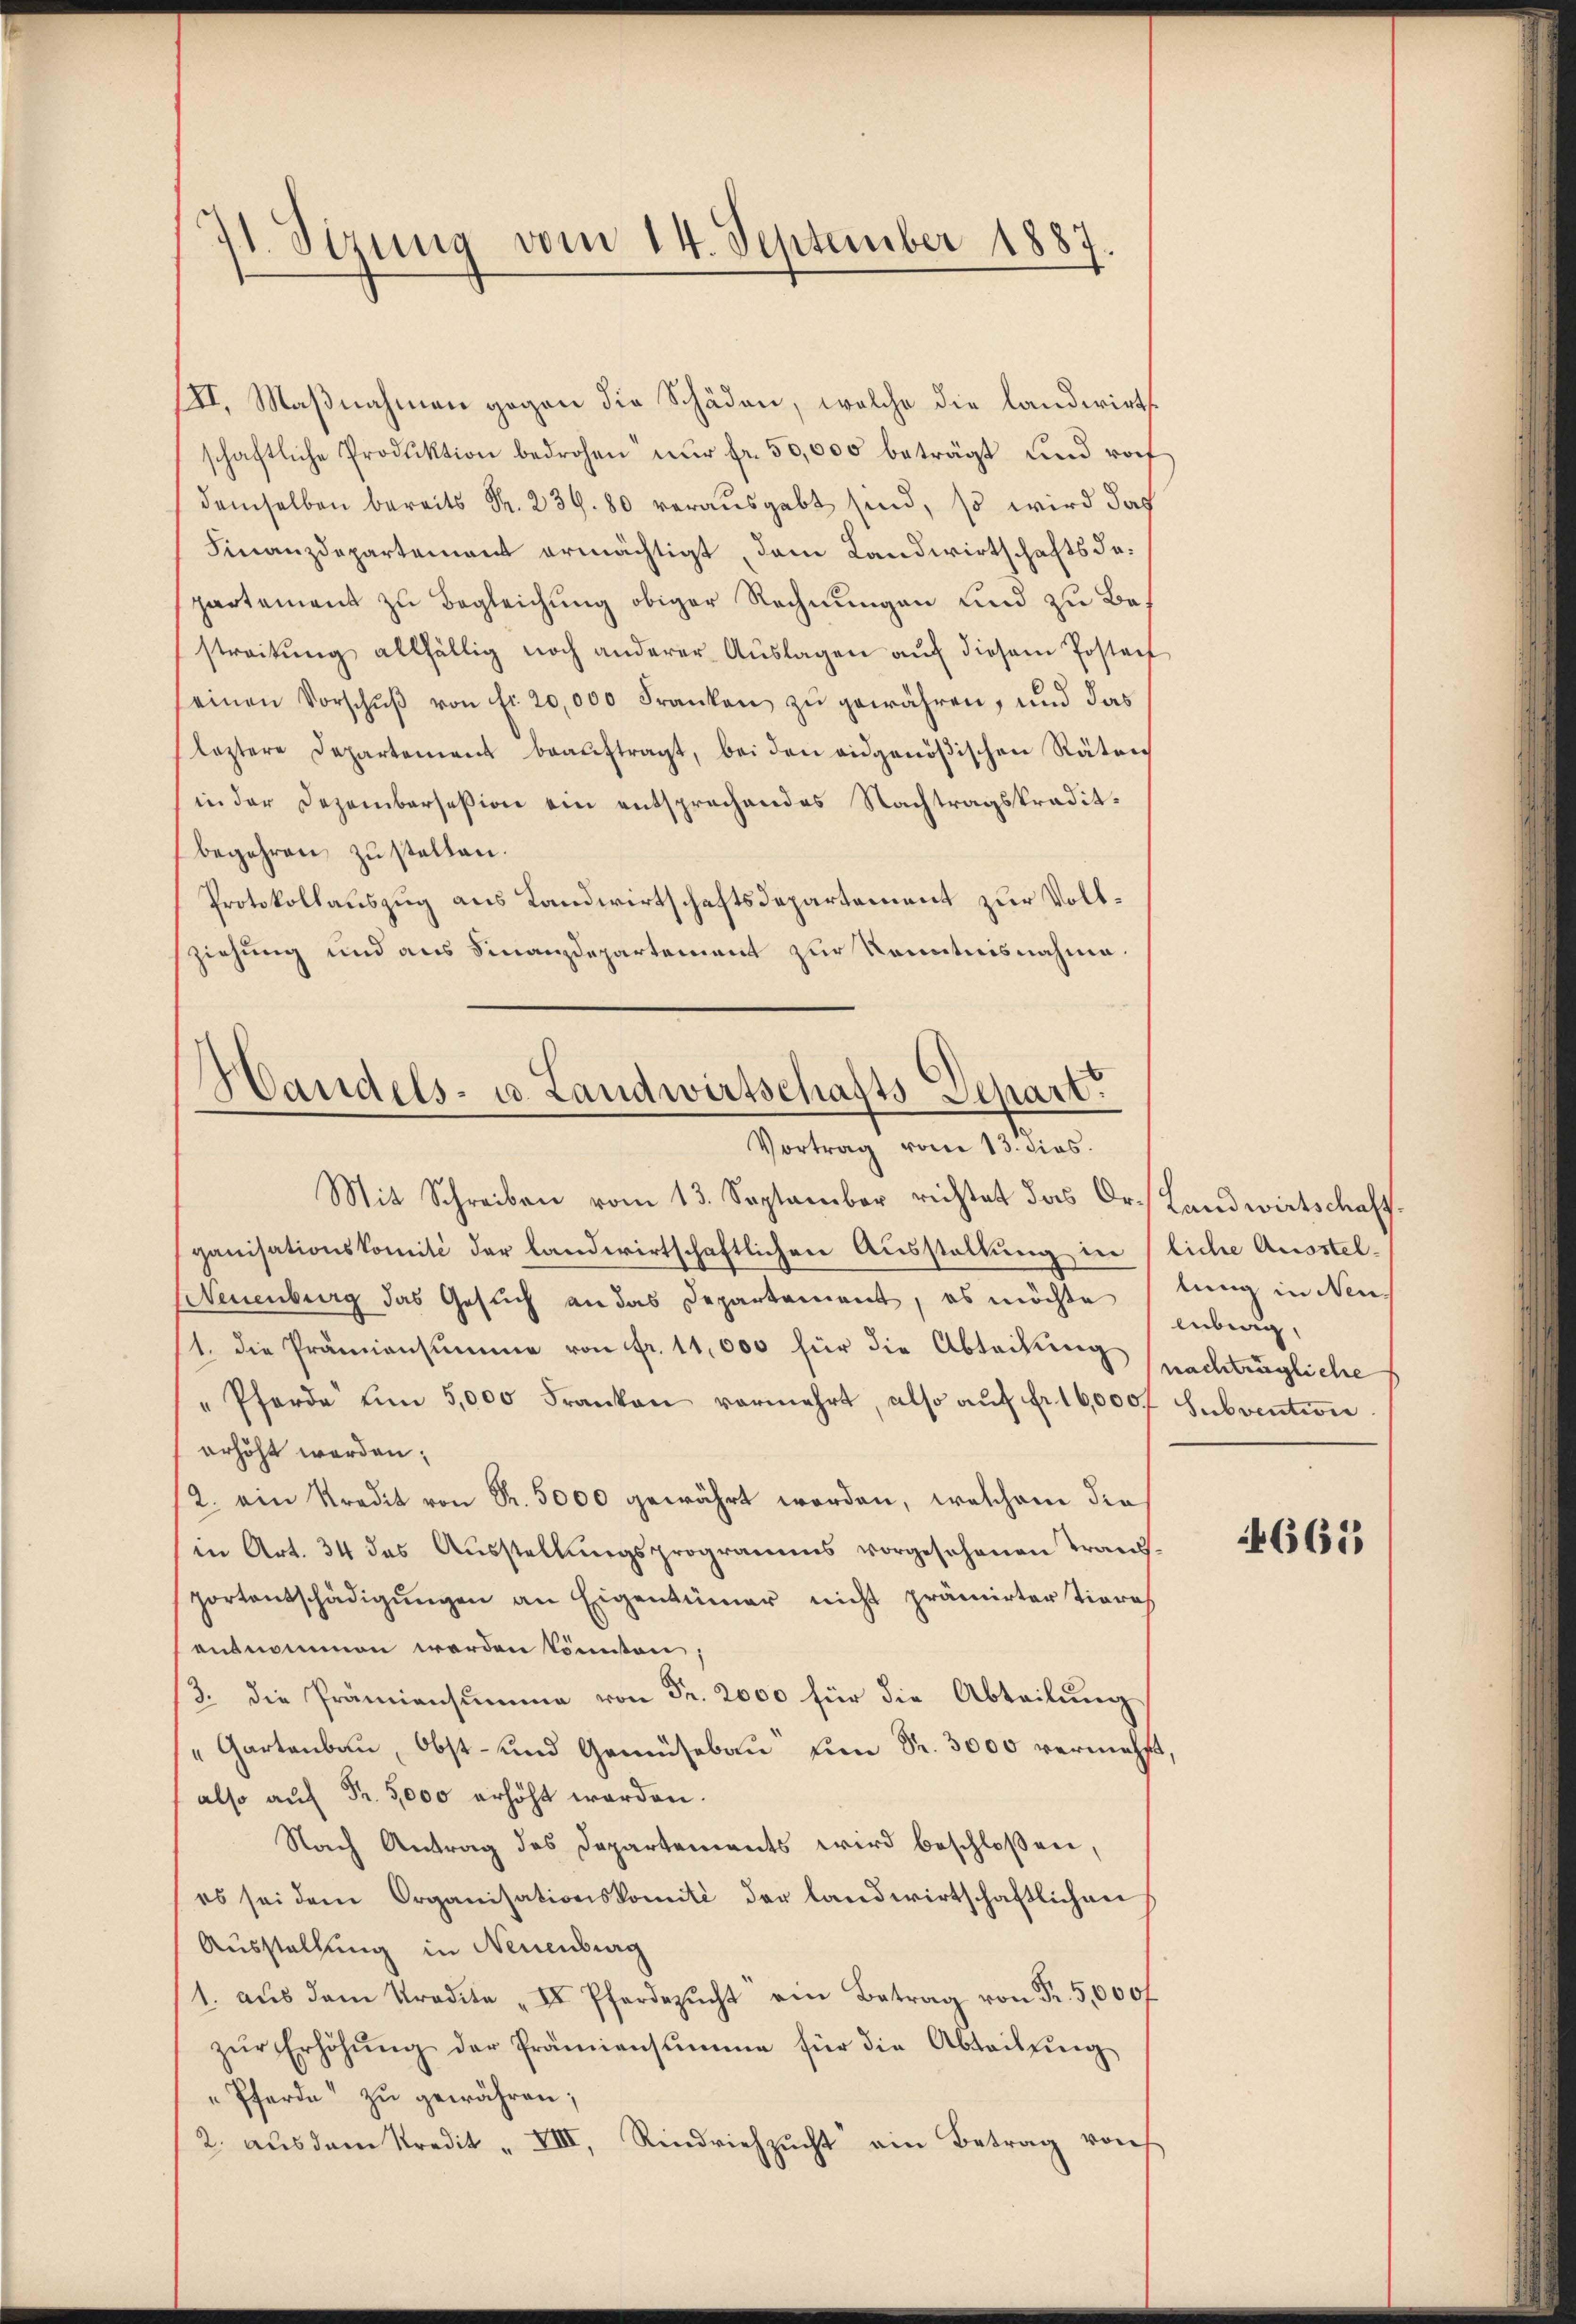
71. Sizung vom 14. September 1887.

III. Maβnahmen gegen die Schäden, welche die landwirts
schaftliche Produktion bedrohen nur fr. 50,000 beträgt und rof
demselben bereits Fr. 239. 80 verausgabt sind, so wird das
Finanzdepartement ermächtigt, dem Landwirtschaftsdepartement zu Begleichung obiger Rechnungen und zu Bestreitŭng allfällig noch anderer Aŭslagen aŭf diesem Posten
seinen Vorschŭβ von fr. 20,000 Franken zu gewähren, und das
leztere Departement beaŭftragt, bei den eidgenößischen Räten
in der Dezembersesion ein entsprechendes Nachtragskraditbegehren zu stellen.
Protokollauszug aus Landwirtschaftsdepartement zur Vollziehung und aus Finanzdepartement zur Kenntnisnahme.
Handels- u. Landwirtschafts Depart

Vortrag vom 13. dies

Mit Schreiben vom 13. September richtet das Dr. Landwirtschaff
ganisationskomité der landwirtschaftlichen Ausstellung in liche Ausstel¬
Neuenburg das Gesuch an das Departement, es möchte stung in Neu-
/1. die Prämiensumme von fr. 11,000 für die Abteikung (nachträgliche
" Pferde um 5,000 Franken vermehrt, also aŭf fr. 16,000f Subvention
erhöht worden;
/2. ein Kredit von Fr. 5000 gewährt worden, welchem die
in Art. 34 des Aŭsstellŭngsprogramms vorgesehenen Trans-
portentschädigŭngen an Eigentümer nicht prämirter Tieres
entnommen werden könnten:
3. die Prämiensumme von Fr. 2000 für die Abteilung
"Gartenbau, Obst- und Gemüsebaŭ ŭm Fr. 3000 vermehrt,
also auf Fr. 3,000 erhöht werden.
Nach Antrag des Departements wird beschloßen,
es sei dem Organisationskomité der landwirtschaftlichen
Ausstellung in Neuenburg
1. aŭs dem Tradite "  Pferdezŭcht ein Betrag von Fr. 5,000 f
zŭr Erhöhŭng der Prämiensumme für die Abteilŭng
Pferde“ zu gewähren;
2. aŭs dem Kredit " VIII. Rindviehzŭcht ein Betrag von

lüberg,

661